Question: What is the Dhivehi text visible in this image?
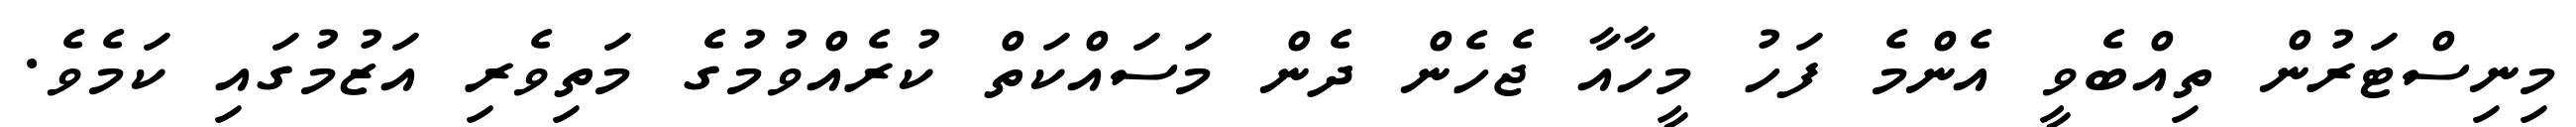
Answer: މިނިސްޓަރުން ތިއްބެވީ އެންމެ ފަހު މީހާއާ ޖެހެން ދެން މަސައްކަތް ކުރެއްވުމުގެ މަތިވެރި އަޒުމުގައި ކަމެވެ.